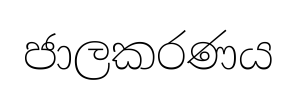
ජාලකරණය